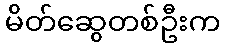
မိတ်ဆွေတစ်ဦးက